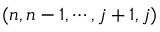
( n , n - 1 , \cdots , j + 1 , j )